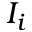
I _ { i }